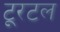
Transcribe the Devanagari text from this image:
टूरटल